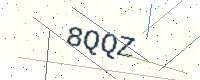
Text: 8QQZ